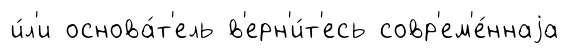
и́л'и основа́т'ель в'ерн'и́т'есь совр'ем'е́ннаjа